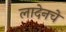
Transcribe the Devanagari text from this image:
लादेनचे